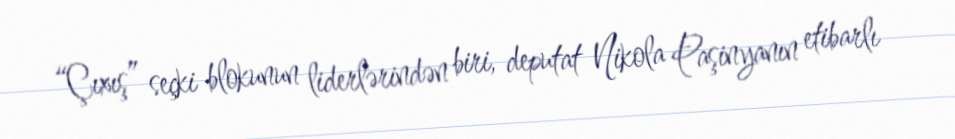
“Çıxış” seçki blokunun liderlərindən biri, deputat Nikola Paşinyanın etibarlı